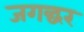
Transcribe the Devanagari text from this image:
जगद्घर